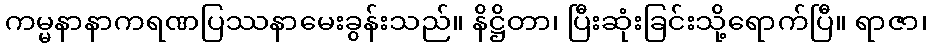
ကမ္မနာနာကရဏပြဿနာမေးခွန်းသည်။ နိဋ္ဌိတာ၊ ပြီးဆုံးခြင်းသို့ရောက်ပြီ။ ရာဇာ၊